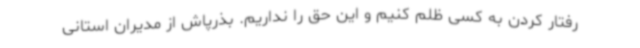
رفتار کردن به کسی ظلم کنیم و این حق را نداریم. بذرپاش از مدیران استانی